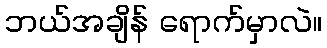
ဘယ်အချိန် ရောက်မှာလဲ။